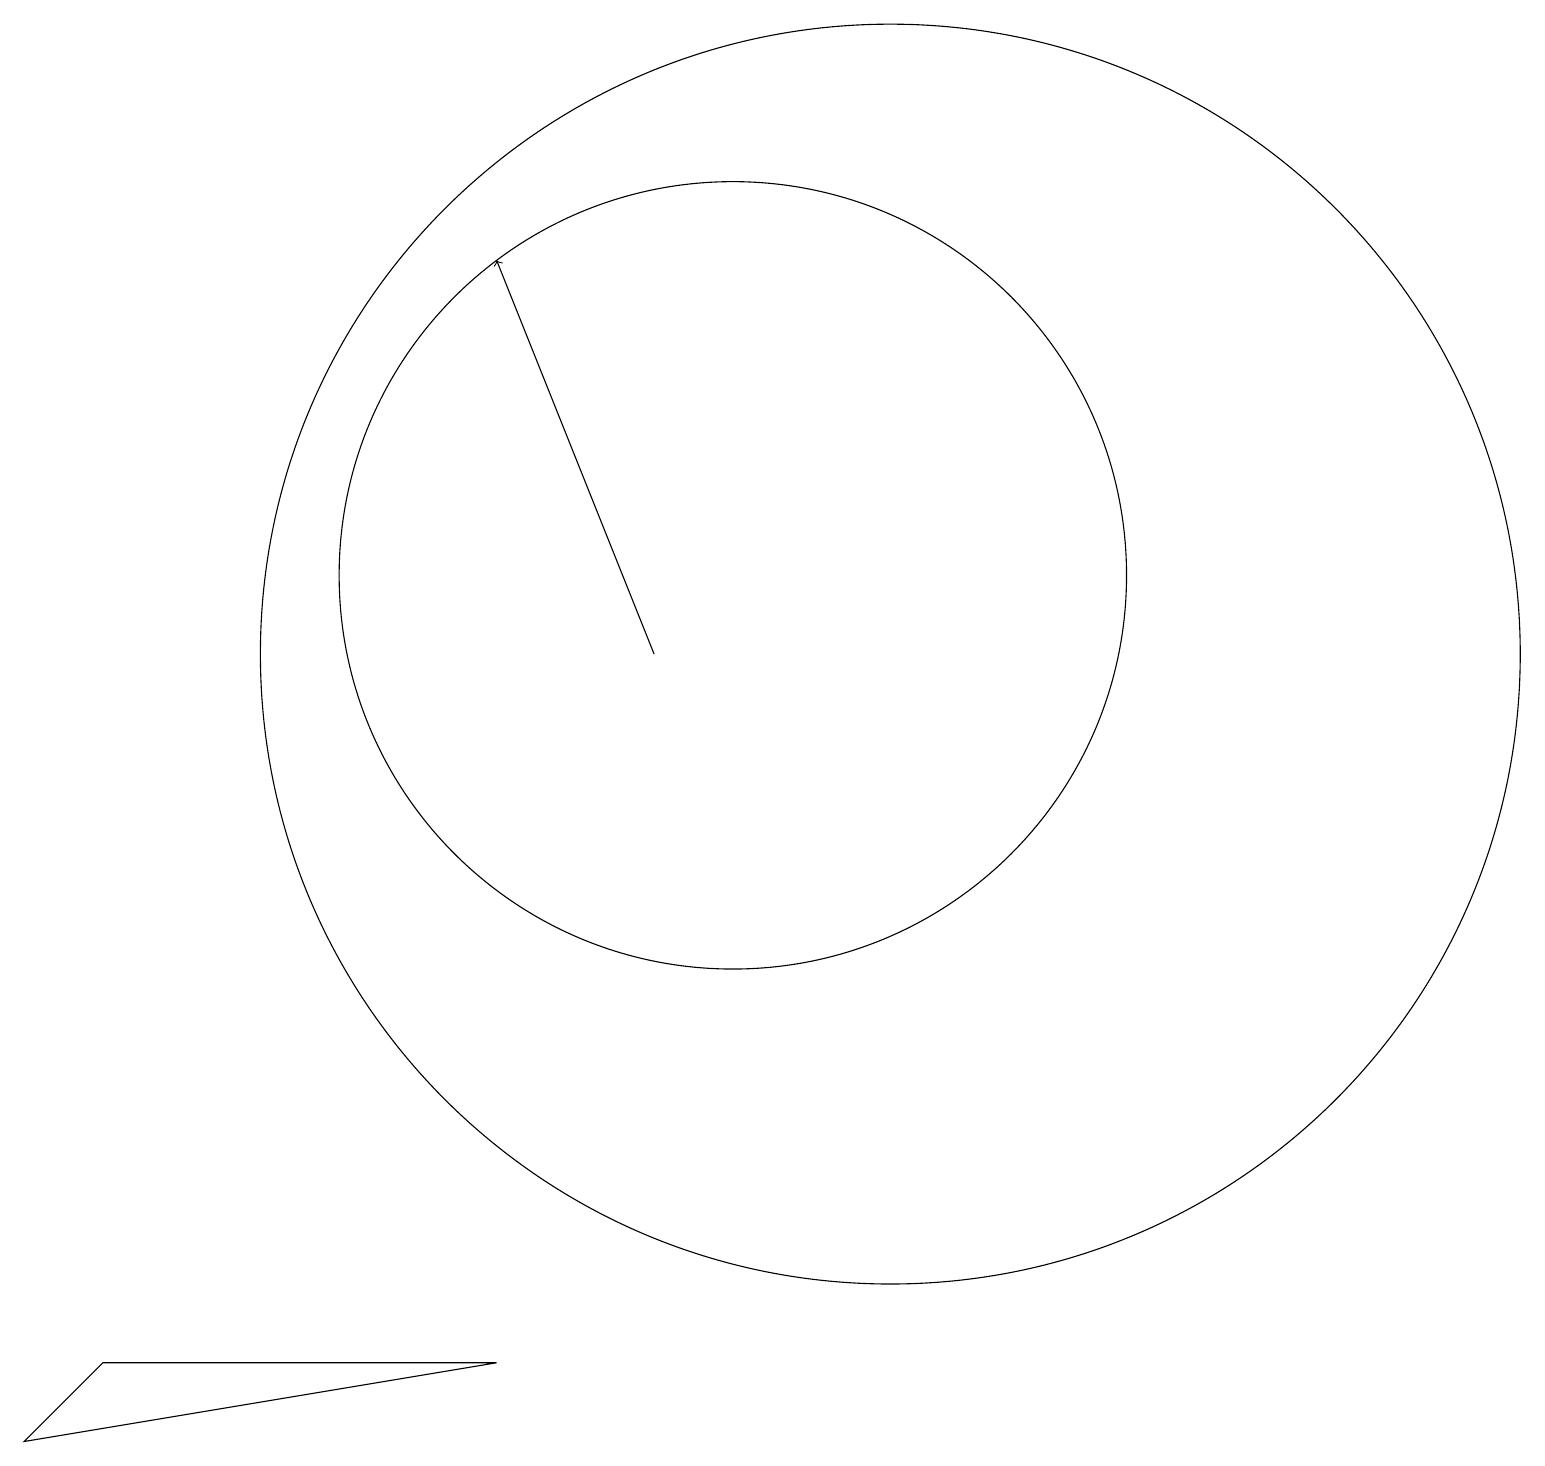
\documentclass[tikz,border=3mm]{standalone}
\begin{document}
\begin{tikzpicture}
\draw (2,1) -- (1,0) -- (7,1) -- cycle;
\draw (10,11) circle (5);
\draw (10,12) circle (0);
\draw[->] (9,10) -- (7,15);
\draw (12,10) circle (8);
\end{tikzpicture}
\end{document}